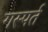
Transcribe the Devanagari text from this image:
गस्पर्त